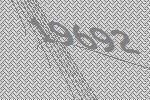
19692